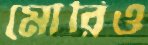
মোরিও